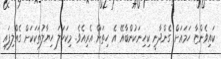
ކައިވެންޏާ ހަމައަށް ގެންދާނީ ކިހިނަކުންބާއޭ އެ ހިތަށް އެރިއެވެ. މިކަހަލަ ހިޔާލުތަކަކަށް ގެއްލިފައި